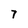
Character: 7